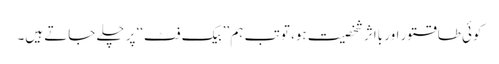
کوئی طاقتور اور بااثر شخصیت ہو، تو تب ہم ’’بیک فٹ‘‘ پر چلے جاتے ہیں۔